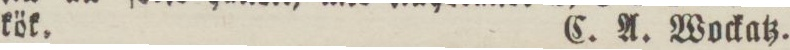
kök.    C. A. Wockatz.